Indian journal of veterinary science and animal husbandry - Volume 11,
Year: 1941
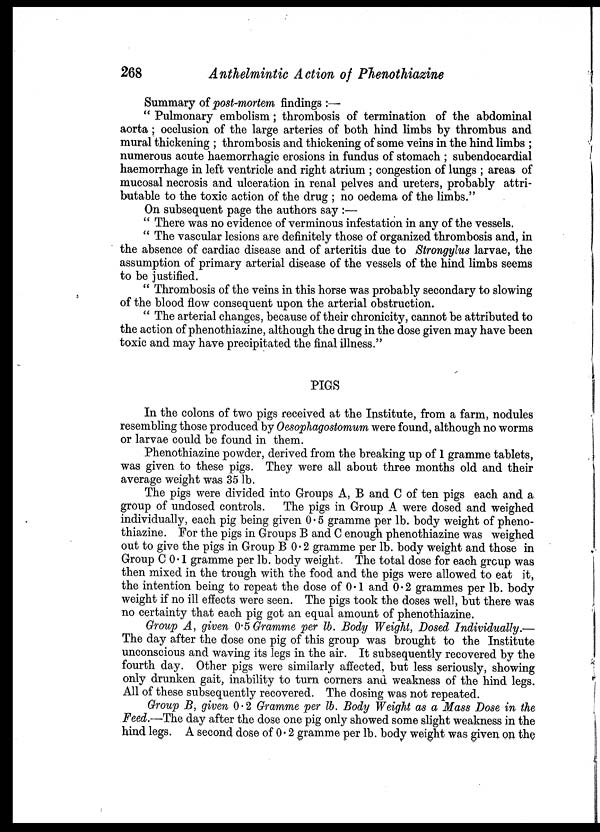
268
Anthelmintic Action of Phenothiazine
Summary of post-mortem findings :—
" Pulmonary embolism; thrombosis of termination of the abdominal
aorta ; occlusion of the large arteries of both hind limbs by thrombus and
mural thickening ; thrombosis and thickening of some veins in the hind limbs ;
numerous acute haemorrhagic erosions in fundus of stomach ; subendocardial
haemorrhage in left ventricle and right atrium ; congestion of lungs ; areas of
mucosal necrosis and ulceration in renal pelves and ureters, probably attri-
butable to the toxic action of the drug ; no oedema of the limbs.''
On subsequent page the authors say :—
" There was no evidence of verminous infestation in any of the vessels.
" The vascular lesions are definitely those of organized thrombosis and, in
the absence of cardiac disease and of arteritis due to Strongylus larvae, the
assumption of primary arterial disease of the vessels of the hind limbs seems
to be justified.
" Thrombosis of the veins in this horse was probably secondary to slowing
of the blood flow consequent upon the arterial obstruction.
" The arterial changes, because of their chronicity, cannot be attributed to
the action of phenothiazine, although the drug in the dose given may have been
toxic and may have precipitated the final illness."
PIGS
In the colons of two pigs received at the Institute, from a farm, nodules
resembling those produced by Oesophagostomum were found, although no worms
or larvae could be found in them.
Phenothiazine powder, derived from the breaking up of 1 gramme tablets,
was given to these pigs. They were all about three months old and their
average weight was 35 lb.
The pigs were divided into Groups A, B and C of ten pigs each and a
group of undosed controls.
The pigs in Group A were dosed and weighed
individually, each pig being given 0.5 gramme per lb. body weight of pheno-
thiazine. For the pigs in Groups B and C enough phenothiazine was weighed
out to give the pigs in Group B 0.2 gramme per lb. body weight and those in
Group C 0.1 gramme per lb. body weight. The total dose for each group was
then mixed in the trough with the food and the pigs were allowed to eat it,
the intention being to repeat the dose of 0.1 and 0.2 grammes per lb. body
weight if no ill effects were seen. The pigs took the doses well, but there was
no certainty that each pig got an equal amount of phenothiazine.
Group A, given 0.5 Gramme per lb. Body Weight, Dosed Individually.—
The day after the dose one pig of this group was brought to the Institute
unconscious and waving its legs in the air. It subsequently recovered by the
fourth day. Other pigs were similarly affected, but less seriously, showing
only drunken gait, inability to turn corners and weakness of the hind legs.
All of these subsequently recovered. The dosing was not repeated.
Group B, given 0.2 Gramme per lb. Body Weight as a Mass Dose in the
Feed.—The day after the dose one pig only showed some slight weakness in the
hind legs. A second dose of 0. 2 gramme per lb. body weight was given on the